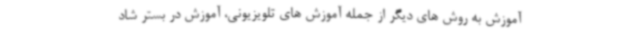
آموزش به روش های دیگر از جمله آموزش های تلویزیونی، آموزش در بستر شاد